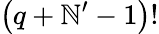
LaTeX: \left(q+\mathbb{N}^{\prime}-1\right)!